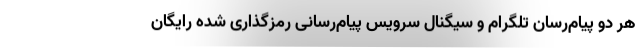
هر دو پیام‌رسان تلگرام و سیگنال سرویس پیام‌رسانی رمزگذاری شده رایگان